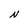
Character: N